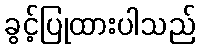
ခွင့်ပြုထားပါသည်